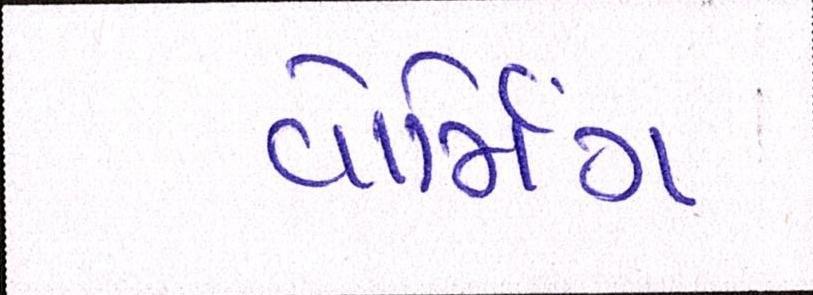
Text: વોર્મિંગ